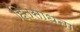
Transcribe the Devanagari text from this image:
हितसाधना